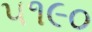
૫૧૯૦